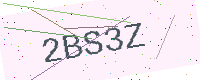
Text: 2BS3Z